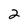
Character: 2